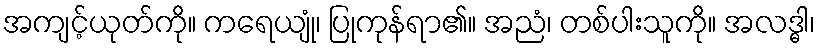
အကျင့်ယုတ်ကို။ ကရေယျုံ၊ ပြုကုန်ရာ၏။ အညံ၊ တစ်ပါးသူကို။ အလဒ္ဓါ၊